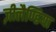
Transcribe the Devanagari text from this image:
ज़ीलैण्डिया